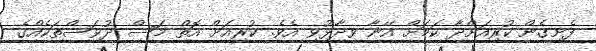
ފެށިގެން ކުރިއަށްދާ ކަމަށް އޭނާ ވިދާޅުވި އެވެ. ކުރިއަށް އޮތް މަސް ދުވަސްތަކެއްގެ